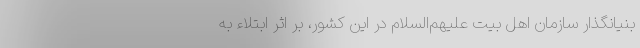
بنیانگذار سازمان اهل بیت علیهم‌السلام در این کشور، بر اثر ابتلاء به